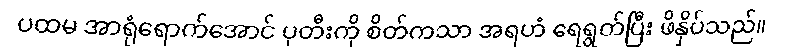
ပထမ အာရုံရောက်အောင် ပုတီးကို စိတ်ကသာ အရဟံ ရေရွတ်ပြီး ဖိနှိပ်သည်။